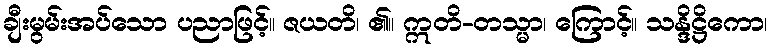
ချီးမွမ်းအပ်သော ပညာဖြင့်။ ဇယတိ၊ ၏။ ဣတိ-တသ္မာ၊ ကြောင့်။ သန္ဒိဋ္ဌိကော၊